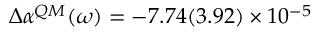
\Delta \alpha ^ { Q M } ( \omega ) = - 7 . 7 4 ( 3 . 9 2 ) \times 1 0 ^ { - 5 }